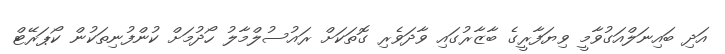
އަދި ބައިނަލްއަގުވާމީ ވިޔަފާރީގެ ބާޒާރުގައި ވާދަވެރި ގޮތަކަށް ރައުސުލްމާލު ހޯދުމަށް ކުންފުނިތަކުން ކޯޕަރޭޓް